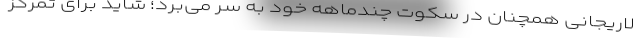
لاریجانی همچنان در سکوت چندماهه خود به سر می‌برد؛ شاید برای تمرکز